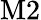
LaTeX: \mathrm{M}2